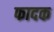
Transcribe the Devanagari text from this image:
फादक